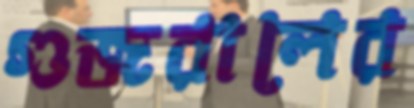
গুজরালের